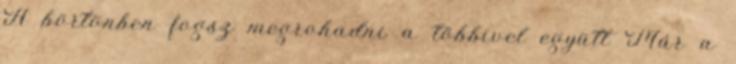
A börtönben fogsz megrohadni a többivel együtt Már a